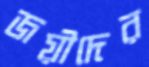
জয়ীদের